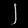
Digit: ၂